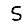
Digit: 5